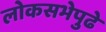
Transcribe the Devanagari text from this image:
लोकसभेपुढे